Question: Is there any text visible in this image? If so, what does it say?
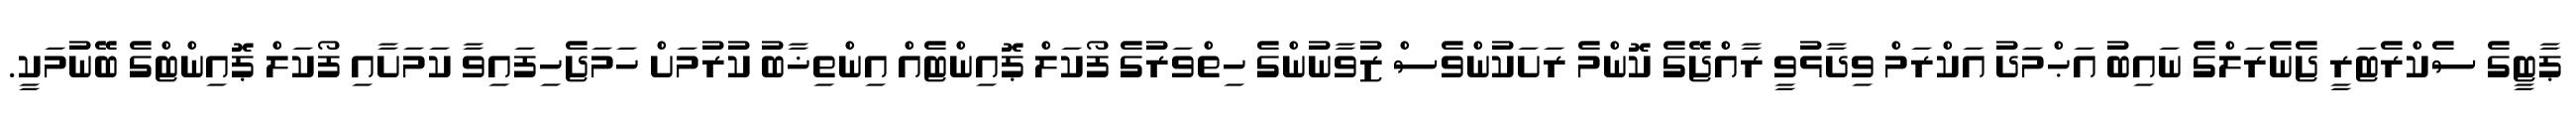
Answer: ޕާޓީގެ ސެކްރެޓަރީ ޖެނެރަލްގެ ނައިބު އަޙްމަދު އަކްރަމް ވިދާޅުވީ ރާއްޖޭގެ ކޮންމެ ރަށަކުންވެސް ޒުވާނުންގެ ހިތްވަރުގެ ފޯކަލް ޕޮއިންޓެއް އިންތިޚާބު ކުރުމަށް ހަމަޖެހިފައިވާ ކަމަށާއި ފޯކަލް ޕޮއިންޓްގެ ބޭނުމަކީ.